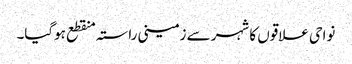
نواحی علاقوں کا شہر سے زمینی راستہ منقطع ہوگیا۔